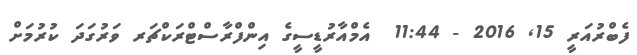
ފެބްރުއަރީ 15